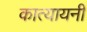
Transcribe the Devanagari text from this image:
कात्‍यायनी